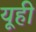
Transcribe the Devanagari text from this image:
यूही